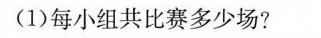
(1)每小组共比赛多少场?